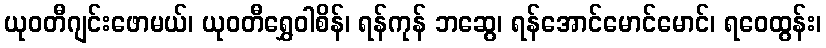
ယုဝတီဂျင်းဖောမယ်၊ ယုဝတီရွှေဝါစိန်၊ ရန်ကုန် ဘဆွေ၊ ရန်အောင်မောင်မောင်၊ ရဝေထွန်း၊